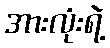
အားလုံးရဲ့